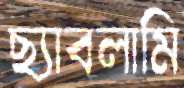
ছ্যাবলামি